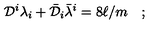
{ \cal D } ^ { i } \lambda _ { i } + \bar { \cal D } _ { i } \bar { \lambda } ^ { i } = 8 \ell / m \quad ;